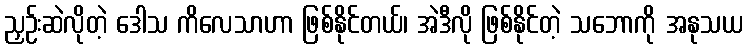
ညှဉ်းဆဲလိုတဲ့ ဒေါသ ကိလေသာဟာ ဖြစ်နိုင်တယ်၊ အဲဒီလို ဖြစ်နိုင်တဲ့ သဘောကို အနုသယ